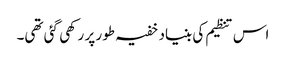
اس تنظیم کی بنیاد خفیہ طور پر رکھی گئی تھی۔